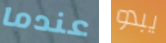
عندما يبدو